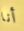
أنا